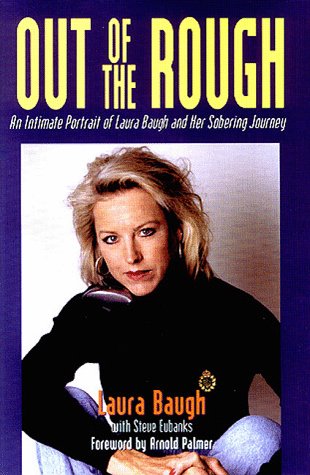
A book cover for Out of the Rough: An Intimate Portrait of Laura Baugh and Her Sobering Journey; Laura Baugh; Biographies & Memoirs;